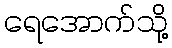
ရေအောက်သို့